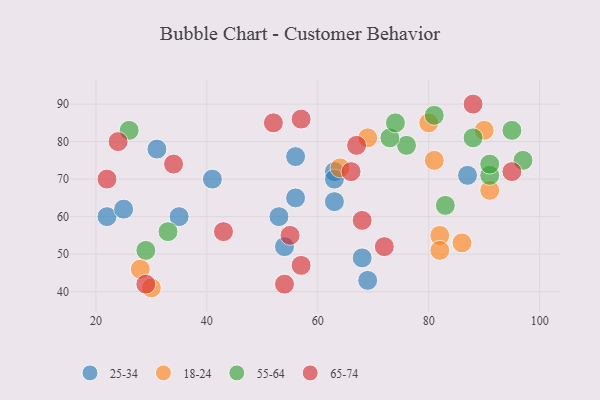
{"axis": {"x": "GDP", "y": "Life Expectancy"}, "legend": ["18-24", "25-34", "55-64", "65-74"], "data": [{"x": "22", "y": 60, "type": "25-34"}, {"x": "54", "y": 52, "type": "25-34"}, {"x": "35", "y": 60, "type": "25-34"}, {"x": "56", "y": 76, "type": "25-34"}, {"x": "69", "y": 43, "type": "25-34"}, {"x": "63", "y": 72, "type": "25-34"}, {"x": "31", "y": 78, "type": "25-34"}, {"x": "68", "y": 49, "type": "25-34"}, {"x": "53", "y": 60, "type": "25-34"}, {"x": "63", "y": 70, "type": "25-34"}, {"x": "56", "y": 65, "type": "25-34"}, {"x": "25", "y": 62, "type": "25-34"}, {"x": "87", "y": 71, "type": "25-34"}, {"x": "41", "y": 70, "type": "25-34"}, {"x": "63", "y": 64, "type": "25-34"}, {"x": "81", "y": 75, "type": "18-24"}, {"x": "28", "y": 46, "type": "18-24"}, {"x": "91", "y": 67, "type": "18-24"}, {"x": "69", "y": 81, "type": "18-24"}, {"x": "30", "y": 41, "type": "18-24"}, {"x": "82", "y": 55, "type": "18-24"}, {"x": "80", "y": 85, "type": "18-24"}, {"x": "86", "y": 53, "type": "18-24"}, {"x": "82", "y": 51, "type": "18-24"}, {"x": "90", "y": 83, "type": "18-24"}, {"x": "64", "y": 73, "type": "18-24"}, {"x": "26", "y": 83, "type": "55-64"}, {"x": "91", "y": 71, "type": "55-64"}, {"x": "29", "y": 51, "type": "55-64"}, {"x": "76", "y": 79, "type": "55-64"}, {"x": "83", "y": 63, "type": "55-64"}, {"x": "73", "y": 81, "type": "55-64"}, {"x": "95", "y": 83, "type": "55-64"}, {"x": "97", "y": 75, "type": "55-64"}, {"x": "33", "y": 56, "type": "55-64"}, {"x": "81", "y": 87, "type": "55-64"}, {"x": "88", "y": 81, "type": "55-64"}, {"x": "91", "y": 74, "type": "55-64"}, {"x": "74", "y": 85, "type": "55-64"}, {"x": "52", "y": 85, "type": "65-74"}, {"x": "55", "y": 55, "type": "65-74"}, {"x": "95", "y": 72, "type": "65-74"}, {"x": "43", "y": 56, "type": "65-74"}, {"x": "67", "y": 79, "type": "65-74"}, {"x": "29", "y": 42, "type": "65-74"}, {"x": "34", "y": 74, "type": "65-74"}, {"x": "68", "y": 59, "type": "65-74"}, {"x": "66", "y": 72, "type": "65-74"}, {"x": "57", "y": 86, "type": "65-74"}, {"x": "54", "y": 42, "type": "65-74"}, {"x": "88", "y": 90, "type": "65-74"}, {"x": "72", "y": 52, "type": "65-74"}, {"x": "24", "y": 80, "type": "65-74"}, {"x": "57", "y": 47, "type": "65-74"}, {"x": "22", "y": 70, "type": "65-74"}]}